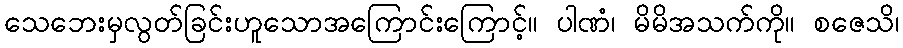
သေဘေးမှလွတ်ခြင်းဟူသောအကြောင်းကြောင့်။ ပါဏံ၊ မိမိအသက်ကို။ စဇေသိ၊